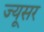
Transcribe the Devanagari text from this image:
ज्यूसर